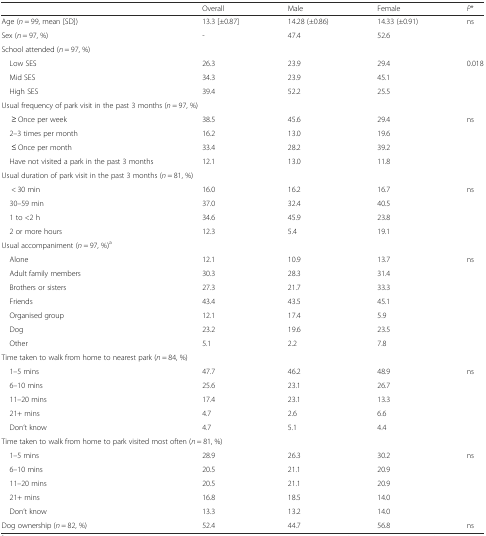
<table><thead><tr><td></td><td><b>Overall</b></td><td><b>Male</b></td><td><b>Female</b></td><td><b><i>P</i>*</b></td></tr></thead><tbody><tr><td>Age (<i>n</i> = 99, mean [SD])</td><td>13.3 [±0.87]</td><td>14.28 (±0.86)</td><td>14.33 (±0.91)</td><td>ns</td></tr><tr><td>Sex (<i>n</i> = 97, %)</td><td>-</td><td>47.4</td><td>52.6</td><td></td></tr><tr><td colspan="5">School attended (<i>n</i> = 97, %)</td></tr><tr><td> Low SES</td><td>26.3</td><td>23.9</td><td>29.4</td><td>0.018</td></tr><tr><td> Mid SES</td><td>34.3</td><td>23.9</td><td>45.1</td><td></td></tr><tr><td> High SES</td><td>39.4</td><td>52.2</td><td>25.5</td><td></td></tr><tr><td colspan="5">Usual frequency of park visit in the past 3 months (<i>n</i> = 97, %)</td></tr><tr><td>≥ Once per week</td><td>38.5</td><td>45.6</td><td>29.4</td><td>ns</td></tr><tr><td> 2–3 times per month</td><td>16.2</td><td>13.0</td><td>19.6</td><td></td></tr><tr><td>≤ Once per month</td><td>33.4</td><td>28.2</td><td>39.2</td><td></td></tr><tr><td> Have not visited a park in the past 3 months</td><td>12.1</td><td>13.0</td><td>11.8</td><td></td></tr><tr><td colspan="5">Usual duration of park visit in the past 3 months (<i>n</i> = 81, %)</td></tr><tr><td>&lt; 30 min</td><td>16.0</td><td>16.2</td><td>16.7</td><td>ns</td></tr><tr><td> 30–59 min</td><td>37.0</td><td>32.4</td><td>40.5</td><td></td></tr><tr><td> 1 to &lt;2 h</td><td>34.6</td><td>45.9</td><td>23.8</td><td></td></tr><tr><td> 2 or more hours</td><td>12.3</td><td>5.4</td><td>19.1</td><td></td></tr><tr><td colspan="5">Usual accompaniment (<i>n</i> = 97, %)<sup>a</sup></td></tr><tr><td> Alone</td><td>12.1</td><td>10.9</td><td>13.7</td><td>ns</td></tr><tr><td> Adult family members</td><td>30.3</td><td>28.3</td><td>31.4</td><td></td></tr><tr><td> Brothers or sisters</td><td>27.3</td><td>21.7</td><td>33.3</td><td></td></tr><tr><td> Friends</td><td>43.4</td><td>43.5</td><td>45.1</td><td></td></tr><tr><td> Organised group</td><td>12.1</td><td>17.4</td><td>5.9</td><td></td></tr><tr><td> Dog</td><td>23.2</td><td>19.6</td><td>23.5</td><td></td></tr><tr><td> Other</td><td>5.1</td><td>2.2</td><td>7.8</td><td></td></tr><tr><td colspan="5">Time taken to walk from home to nearest park (<i>n</i> = 84, %)</td></tr><tr><td> 1–5 mins</td><td>47.7</td><td>46.2</td><td>48.9</td><td>ns</td></tr><tr><td> 6–10 mins</td><td>25.6</td><td>23.1</td><td>26.7</td><td></td></tr><tr><td> 11–20 mins</td><td>17.4</td><td>23.1</td><td>13.3</td><td></td></tr><tr><td> 21+ mins</td><td>4.7</td><td>2.6</td><td>6.6</td><td></td></tr><tr><td> Don’t know</td><td>4.7</td><td>5.1</td><td>4.4</td><td></td></tr><tr><td colspan="5">Time taken to walk from home to park visited most often (<i>n</i> = 81, %)</td></tr><tr><td> 1–5 mins</td><td>28.9</td><td>26.3</td><td>30.2</td><td>ns</td></tr><tr><td> 6–10 mins</td><td>20.5</td><td>21.1</td><td>20.9</td><td></td></tr><tr><td> 11–20 mins</td><td>20.5</td><td>21.1</td><td>20.9</td><td></td></tr><tr><td> 21+ mins</td><td>16.8</td><td>18.5</td><td>14.0</td><td></td></tr><tr><td> Don’t know</td><td>13.3</td><td>13.2</td><td>14.0</td><td></td></tr><tr><td>Dog ownership (<i>n</i> = 82, %)</td><td>52.4</td><td>44.7</td><td>56.8</td><td>ns</td></tr></tbody></table>